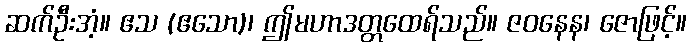
ဆက်ဦးအံ့။ ဧသ (ဧသော)၊ ဤမဟာဒတ္တထေရ်သည်။ ဇဝနေန၊ ဇောဖြင့်။